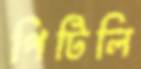
পিটিলি